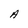
Character: A